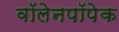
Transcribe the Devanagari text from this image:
वॉलेनपॉपेक